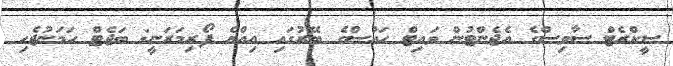
ސީކްރެޓް ސާވިސްގެ އެޖެންޓުން ވައިޓް ހައުސްގެ ބޭރުގައި އިއްޔެ ފޯރިމަރަނީ: ބަޖެޓް ހަމަނުޖެހި